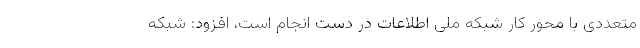
متعددی با محور کار شبکه ملی اطلاعات در دست انجام است، افزود: شبکه